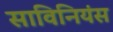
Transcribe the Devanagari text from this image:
साविनियंस